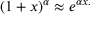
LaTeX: ( 1 + x ) ^ { \alpha } \approx e ^ { \alpha x . }